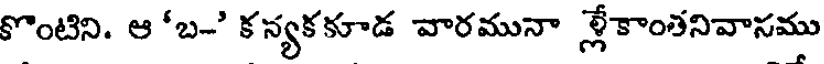
కొంటిని. ఆ'బ-' కన్యకకూడ వారమునా ల్లేకాంతనివాసము